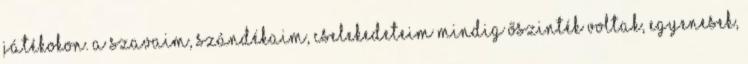
játékokon. A szavaim, szándékaim, cselekedeteim mindig őszinték voltak, egyenesek,